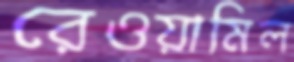
রেওয়ামিল